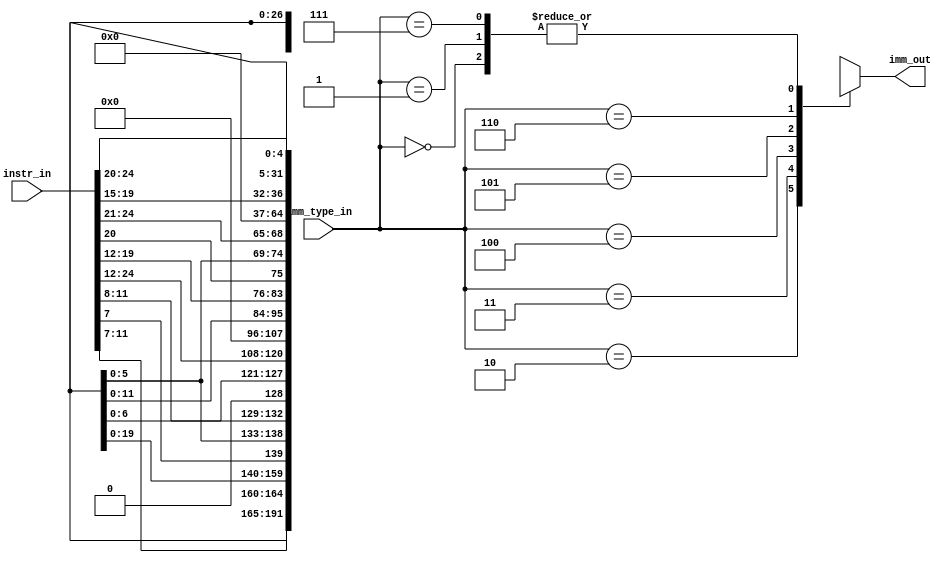
module rv32_imm_generator #(
  parameter IMM_TYPE_WIDTH = 3,
  parameter INTR_WIDTH = 25,
  parameter IMM_OUT_WIDTH = 32,
  parameter INSTR_WIDTH = 32
)(
  input [(INTR_WIDTH-1):0]     instr_in,
  input [(IMM_TYPE_WIDTH-1):0] imm_type_in,
  output [(IMM_OUT_WIDTH-1):0] imm_out
);

  wire [(INSTR_WIDTH-1):0] i_type, s_type, b_type, u_type, j_type, csr_type;

  assign i_type   = {{20{instr_in[31]}},instr_in[31:20]};
  assign s_type   = {{20{instr_in[31]}},instr_in[31:25],instr_in[11:7]};
  assign b_type   = {{20{instr_in[31]}},instr_in[7],instr_in[30:25],instr_in[11:8],1'b0};
  assign u_type   = {instr_in[31:12],12'h000};
  assign j_type   = {{12{instr_in[31]}},instr_in[19:12],instr_in[20],instr_in[30:21],1'b0};
  assign csr_type = {27'b0, instr_in[19:15]};

  always @(*)
  begin
    case(imm_type_in)
      3'b000  :  imm_out = i_type;
      3'b001  :  imm_out = i_type;
      3'b010  :  imm_out = s_type;
      3'b011  :  imm_out = b_type;
      3'b100  :  imm_out = u_type;
      3'b101  :  imm_out = j_type;
      3'b110  :  imm_out = csr_type;
      3'b111  :  imm_out = i_type;
      default : imm_out = i_type;
    endcase
  end

endmodule